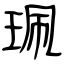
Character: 珮